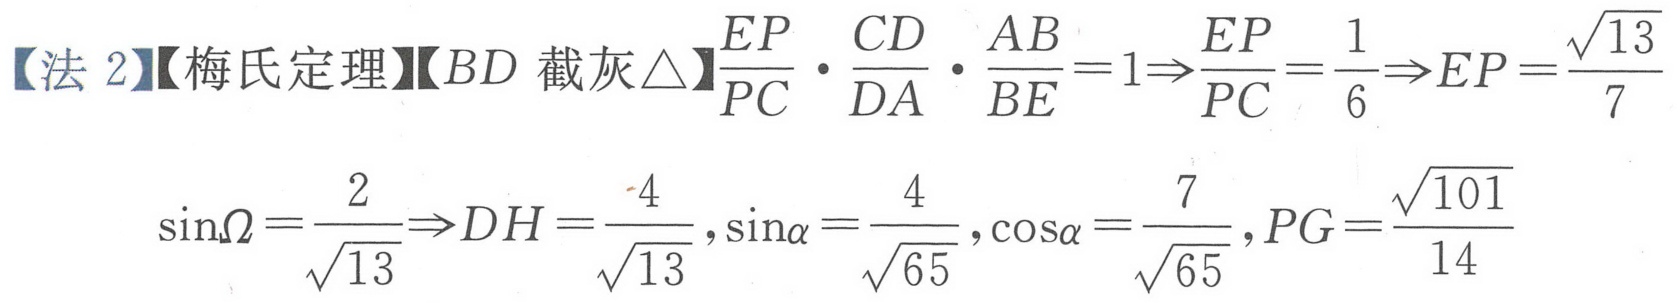
【法 2】【梅氏定理】【\(BD\)截灰\(\triangle\)】\(\frac{EP}{PC}\cdot\frac{CD}{DA}\cdot\frac{AB}{BE}=1\Rightarrow\frac{EP}{PC}=\frac{1}{6}\Rightarrow EP = \frac{\sqrt{13}}{7}\)
\(\sin\Omega=\frac{2}{\sqrt{13}}\Rightarrow DH=\frac{4}{\sqrt{13}},\sin\alpha=\frac{4}{\sqrt{65}},\cos\alpha=\frac{7}{\sqrt{65}},PG = \frac{\sqrt{101}}{14}\)